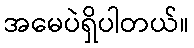
အမေပဲရှိပါတယ်။